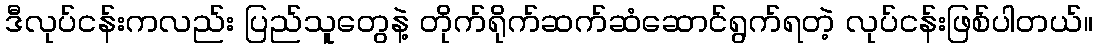
ဒီလုပ်ငန်းကလည်း ပြည်သူတွေနဲ့ တိုက်ရိုက်ဆက်ဆံဆောင်ရွက်ရတဲ့ လုပ်ငန်းဖြစ်ပါတယ်။